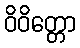
ဝိဝိတ္တော